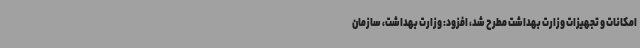
امکانات و تجهیزات وزارت بهداشت مطرح شد، افزود: وزارت بهداشت، سازمان